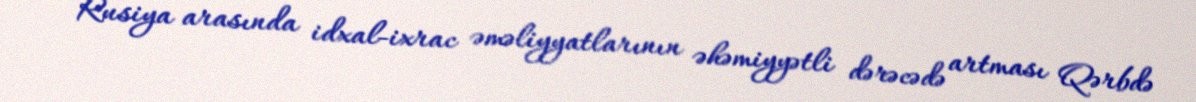
Rusiya arasında idxal-ixrac əməliyyatlarının əhəmiyyətli dərəcədə artması Qərbdə